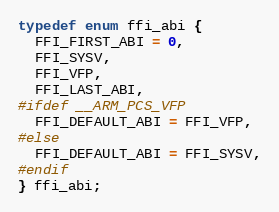
Language: C
typedef enum ffi_abi {
  FFI_FIRST_ABI = 0,
  FFI_SYSV,
  FFI_VFP,
  FFI_LAST_ABI,
#ifdef __ARM_PCS_VFP
  FFI_DEFAULT_ABI = FFI_VFP,
#else
  FFI_DEFAULT_ABI = FFI_SYSV,
#endif
} ffi_abi;